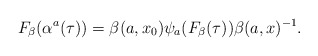
\begin{align*} F_\beta(\alpha^a(\tau))=\beta(a,x_0) \psi_a(F_\beta(\tau))\beta(a,x)^{-1}.\end{align*}